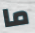
ما